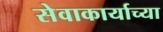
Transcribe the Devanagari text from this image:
सेवाकार्याच्या